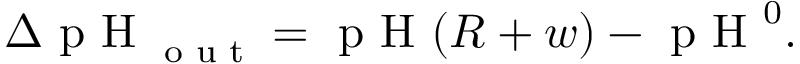
\begin{array} { r } { \Delta \textrm { p H } _ { \textrm { o u t } } = \textrm { p H } ( R + w ) - \textrm { p H } ^ { 0 } . } \end{array}